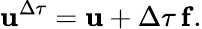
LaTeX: \mathbf{u}^{\Delta\tau}=\mathbf{u}+\Delta\tau\, \mathbf{f}.